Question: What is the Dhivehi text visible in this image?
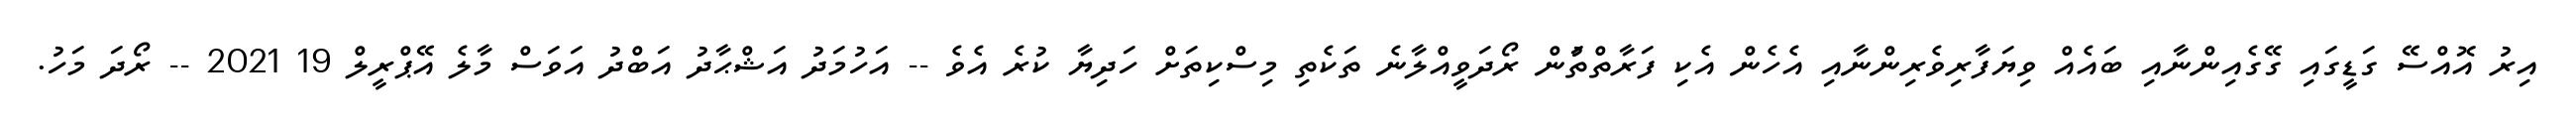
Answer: އިރު އޮއްސޭ ގަޑީގައި ގޭގެއިންނާއި ބައެއް ވިޔަފާރިވެރިންނާއި އެހެން އެކި ފަރާތްތަުން ރޯދަވީއްލާނެ ތަކެތި މިސްކިތަށް ހަދިޔާ ކުރެ އެވެ -- އަހުމަދު އަޝްޙާދު އަބްދު އަވަސް މާލެ އޭޕްރީލް 19 2021 -- ރޯދަ މަހު.